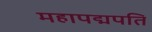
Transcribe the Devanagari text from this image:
महापद्मपति